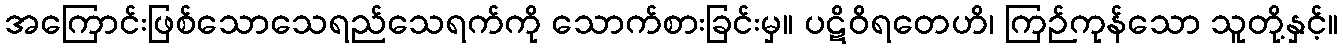
အကြောင်းဖြစ်သောသေရည်သေရက်ကို သောက်စားခြင်းမှ။ ပဋိဝိရတေဟိ၊ ကြဉ်ကုန်သော သူတို့နှင့်။